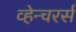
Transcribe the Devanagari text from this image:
व्हेन्चरर्स